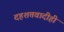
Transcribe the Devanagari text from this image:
दहशतवादीही